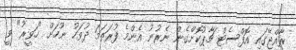
ރާއްޖޭގައި އޮފްސެޓް ޗާޕުކޮށްގެން ނެރުނު އެންމެ ފުރަތަމަ ދުވަހު ނޫހަށް "ހަވީރު" ވީ